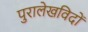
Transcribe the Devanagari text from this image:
पुरालेखविदों